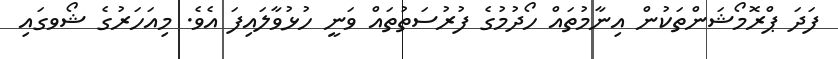
ފަދަ ޕްރޮމޯޝަންތަކުން އިނާމުތައް ހޯދުމުގެ ފުރުސަތުތައް ވަނީ ހުޅުވާލައިފަ އެވެ. މިއަހަރުގެ ޝޯވގައި